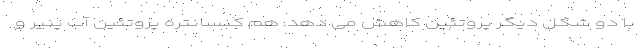
با دو شکل دیگر پروتئین کاهش می دهد. هم کنسانتره پروتئین آب پنیر و